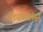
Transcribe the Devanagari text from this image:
डिस्कशंस